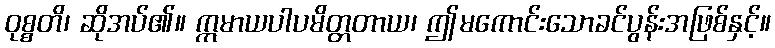
ဝုစ္စတိ၊ ဆိုအပ်၏။ ဣမာယပါပမိတ္တတာယ၊ ဤမကောင်းသောခင်ပွန်းအဖြစ်နှင့်။